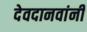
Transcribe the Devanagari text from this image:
देवदानवांनी